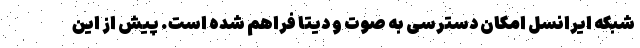
شبکه ایرانسل امکان دسترسی به صوت و دیتا فراهم شده است. پیش از این